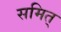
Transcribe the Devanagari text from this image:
समित्